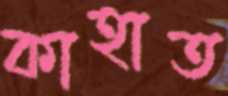
কাহাত